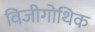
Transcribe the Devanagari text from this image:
विजीगोथिक